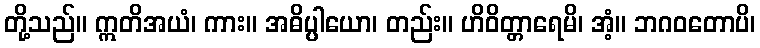
တို့သည်။ ဣတိအယံ၊ ကား။ အဓိပ္ပါယော၊ တည်း။ ဟိဝိတ္တာရေမိ၊ အံ့။ ဘဂဝတောပိ၊